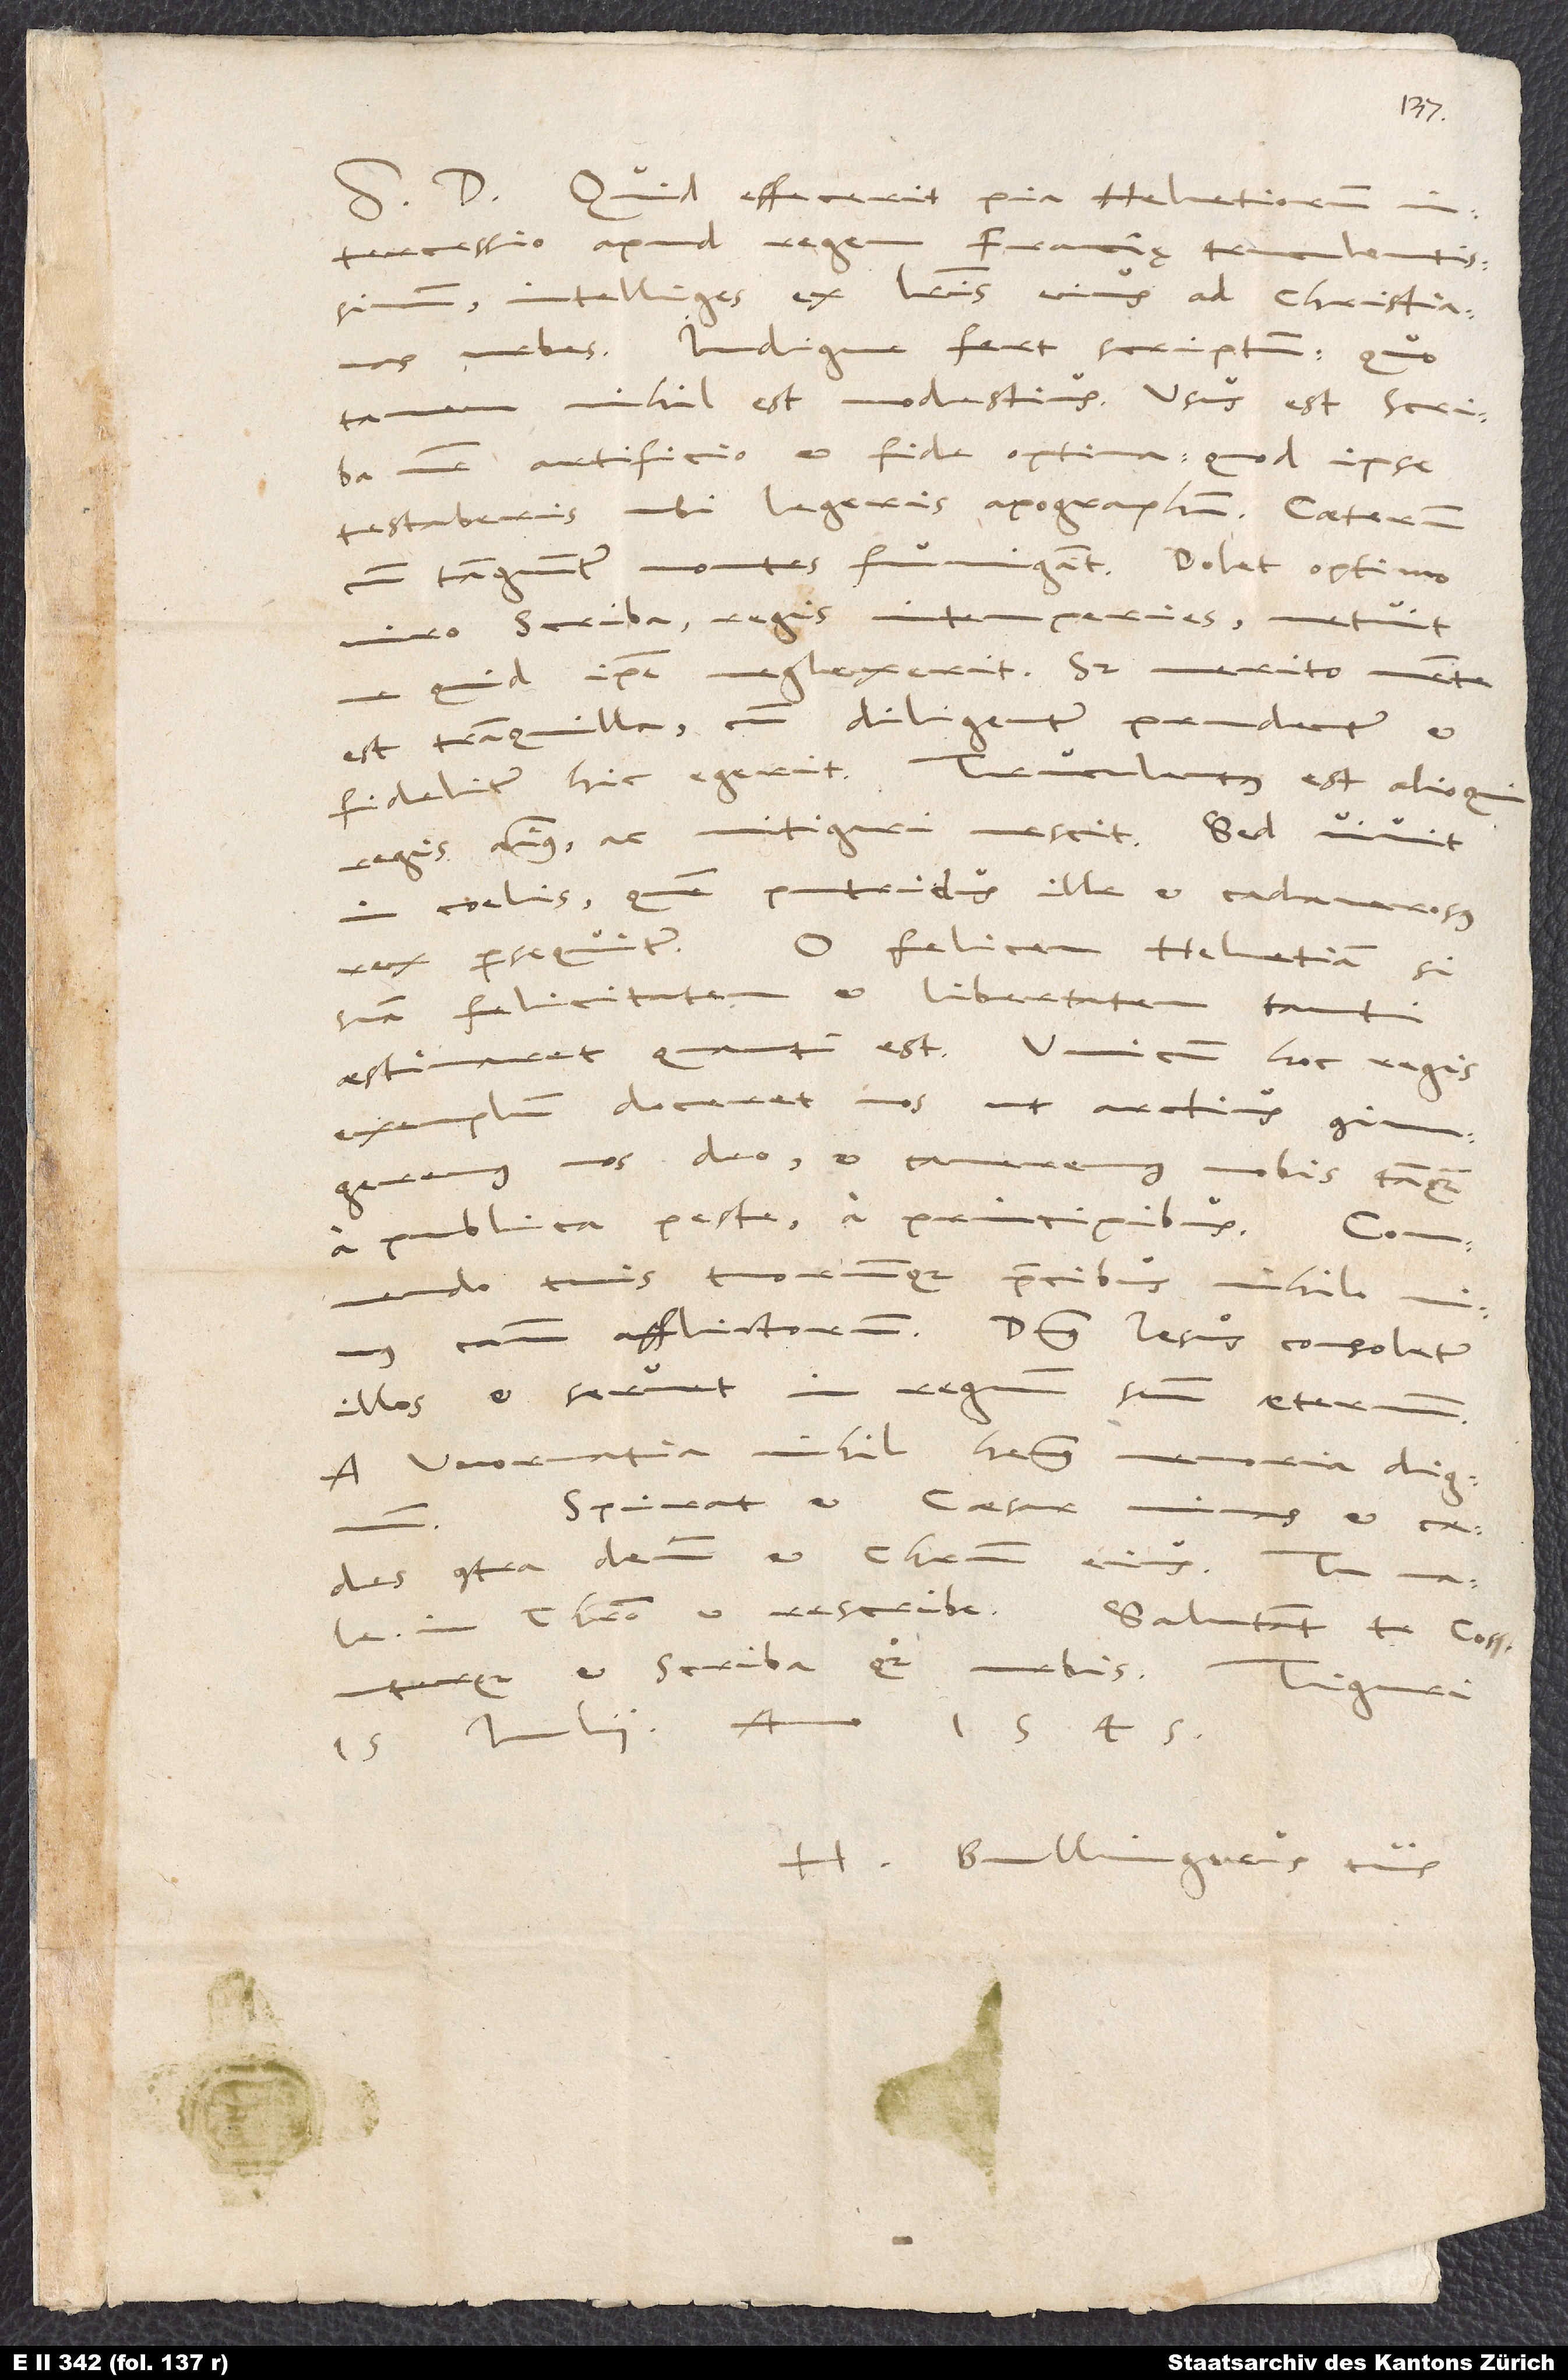
Quid effecerit pia Helvetiorum
intercessio apud regem Francię truculentissimum,
intelliges ex literis eius ad Christianas
urbes. Indigne fert scriptum, quo
tamen nihil est modestius. Usus est scriba noster
artificio et fide optima, quod ipse
testaberis, ubi legeris apographum. Ceterum
cum tanguntur montes, fumigant. Dolet optimo
viro scriba(e) regis intemperies. Metuis,
ne quid ipse neglexerit; sed merito mente
est tranquilla, cum diligenter, prudenter et
fideliter hic egerit. Truculentus est alioqui
regis animus ac mitigari nescit. Sed vivit
in caelis, quem putridus ille et cadaverosus
O felicem Helvetiam, si
rex persequitur.
suam felicitatem et libertatem tanti
aestimaret, quanti est! Unicum hoc regis
exemplum doceret nos, ut arctius coniungeremus
nos deo et caveremus nobis tanquam
a publica peste a principibus. Commendo
tuis tuorumque precibus nihilominus
causam afflictorum. Dominus Iesus consoletur
illos et servet in regnum suum aeternum.
A Wormatia nihil habemus memoria dignum.
Spirat et Caesar minas et caedes
contra deum et Christum eius. Tu vale
in Christo et rescribe. Salutant te consul
uterque et scriba quoque urbis. Tiguri,
15. Iulii, anno 1545.
Bullingerus tuus.